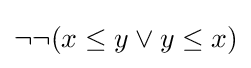
\neg \neg (x\leq y\lor y\leq x)